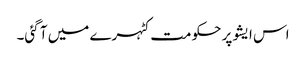
اس ایشو پر حکومت کٹہرے میں آ گئی۔